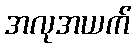
အလုအယက်